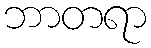
ဘာတရာ